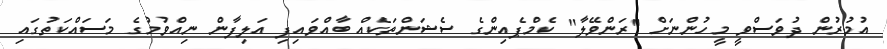
އުމުރުން ދުވަސްވީ މީހުންނަށް "ރަންވޭލާ" ކެމްޕެއިންގެ ސެޝަންތަކެއް ބާއްވައިފި އަލިފާން ނިއްވުމުގެ މަސައްކަތުގައި